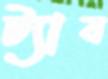
ট্যাব